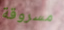
مسروقة